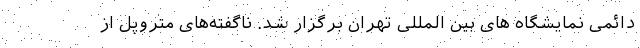
دائمی نمایشگاه های بین المللی تهران برگزار شد. ناگفته‌های متروپل از